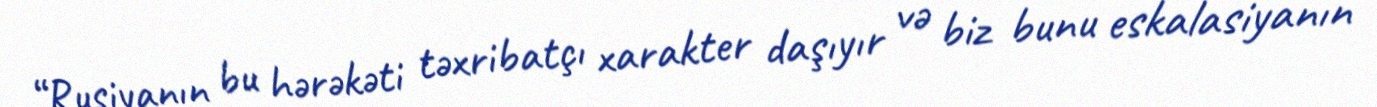
“Rusiyanın bu hərəkəti təxribatçı xarakter daşıyır və biz bunu eskalasiyanın